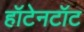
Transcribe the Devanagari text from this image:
हॉटेनटॉट